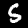
Digit: 5